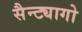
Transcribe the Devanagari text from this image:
सैन्ट्यागो